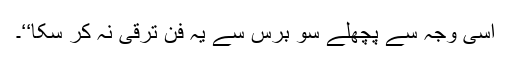
اسی وجہ سے پچھلے سو برس سے یہ فن ترقی نہ کر سکا‘‘۔